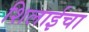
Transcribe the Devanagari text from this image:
शिलाईचा